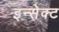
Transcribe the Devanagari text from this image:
इन्सेक्ट